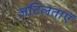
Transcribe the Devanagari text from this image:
जटिलताएॅ